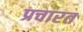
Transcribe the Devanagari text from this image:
प्रचारत